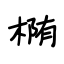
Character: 椭